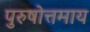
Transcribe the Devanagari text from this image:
पुरुषोत्तमाय